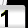
Digit: 1